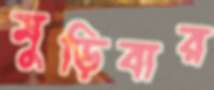
মুড়িবার